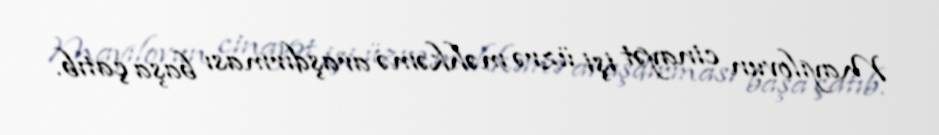
Mayılovun cinayət işi üzrə məhkəmə araşdırması başa çatıb.